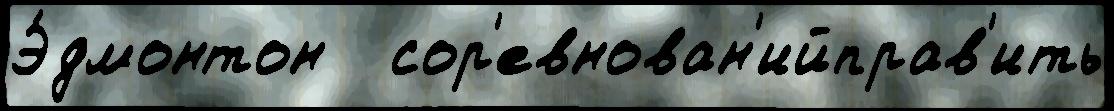
Э́дмонтон   сор'евнован'ийправ'ить